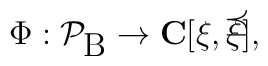
\Phi : \cal{P}_{\mbox{B}}   \rightarrow    \mathbf{C}[\xi, \bar{\xi}],